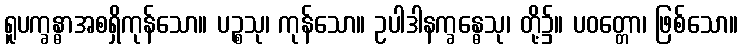
ရူပက္ခန္ဓာအစရှိကုန်သော။ ပဉ္စသု၊ ကုန်သော။ ဥပါဒါနက္ခန္ဓေသု၊ တို့၌။ ပဝတ္တော၊ ဖြစ်သော။